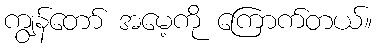
ကျွန်တော် အမေ့ကို ကြောက်တယ်။